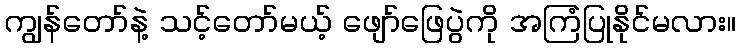
ကျွန်တော်နဲ့ သင့်တော်မယ့် ဖျော်ဖြေပွဲကို အကြံပြုနိုင်မလား။